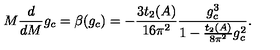
M \frac { d } { d M } g _ { c } = \beta ( g _ { c } ) = - \frac { 3 t _ { 2 } ( A ) } { 1 6 \pi ^ { 2 } } \frac { g _ { c } ^ { 3 } } { 1 - \frac { t _ { 2 } ( A ) } { 8 \pi ^ { 2 } } g _ { c } ^ { 2 } } .